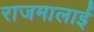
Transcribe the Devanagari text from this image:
राजमालाई